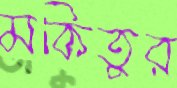
মকিতুর